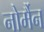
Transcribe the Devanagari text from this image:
नोर्मैन